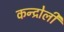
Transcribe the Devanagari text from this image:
कन्द्रोली